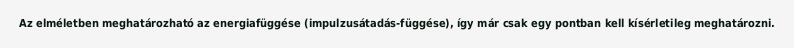
Az elméletben meghatározható az energiafüggése (impulzusátadás-függése), így már csak egy pontban kell kísérletileg meghatározni.